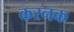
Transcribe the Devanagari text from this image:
करनक